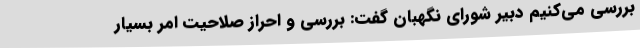
بررسی می‌کنیم دبیر شورای نگهبان گفت: بررسی و احراز صلاحیت امر بسیار